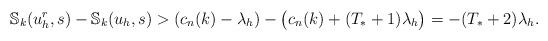
LaTeX: \begin{align*}{\mathbb S}_{k}(u_h^r,s)- {\mathbb S}_{k}(u_h,s)> (c_n(k) - \lambda_h) - \big(c_n(k)+(T_*+1)\lambda_h\big)= - (T_*+2) \lambda_h.\end{align*}